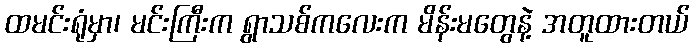
ထမင်းရုံမှာ၊ မင်းကြီးက ရွာသစ်ကလေးက မိန်းမတွေနဲ့ အတူထားတယ်